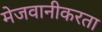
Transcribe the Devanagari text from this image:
मेजवानीकरता